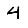
Digit: 4